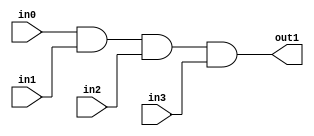
`timescale 1ns / 1ps
//////////////////////////////////////////////////////////////////////////////////
// Company: 
// Engineer: 
// 
// Design Name: 
// Module Name: andgate
// Project Name: 
// Target Devices: 
// Tool Versions: 
// Description: 
// 
// Dependencies: 
// 
// Revision:
// Revision 0.01 - File Created
// Additional Comments:
// 
//////////////////////////////////////////////////////////////////////////////////


module andgate4 
        (
    input in0,
    input in1,
    input in2,
    input in3,
    output out1
    );

    assign out1 = in0 & in1 & in2 & in3;
endmodule